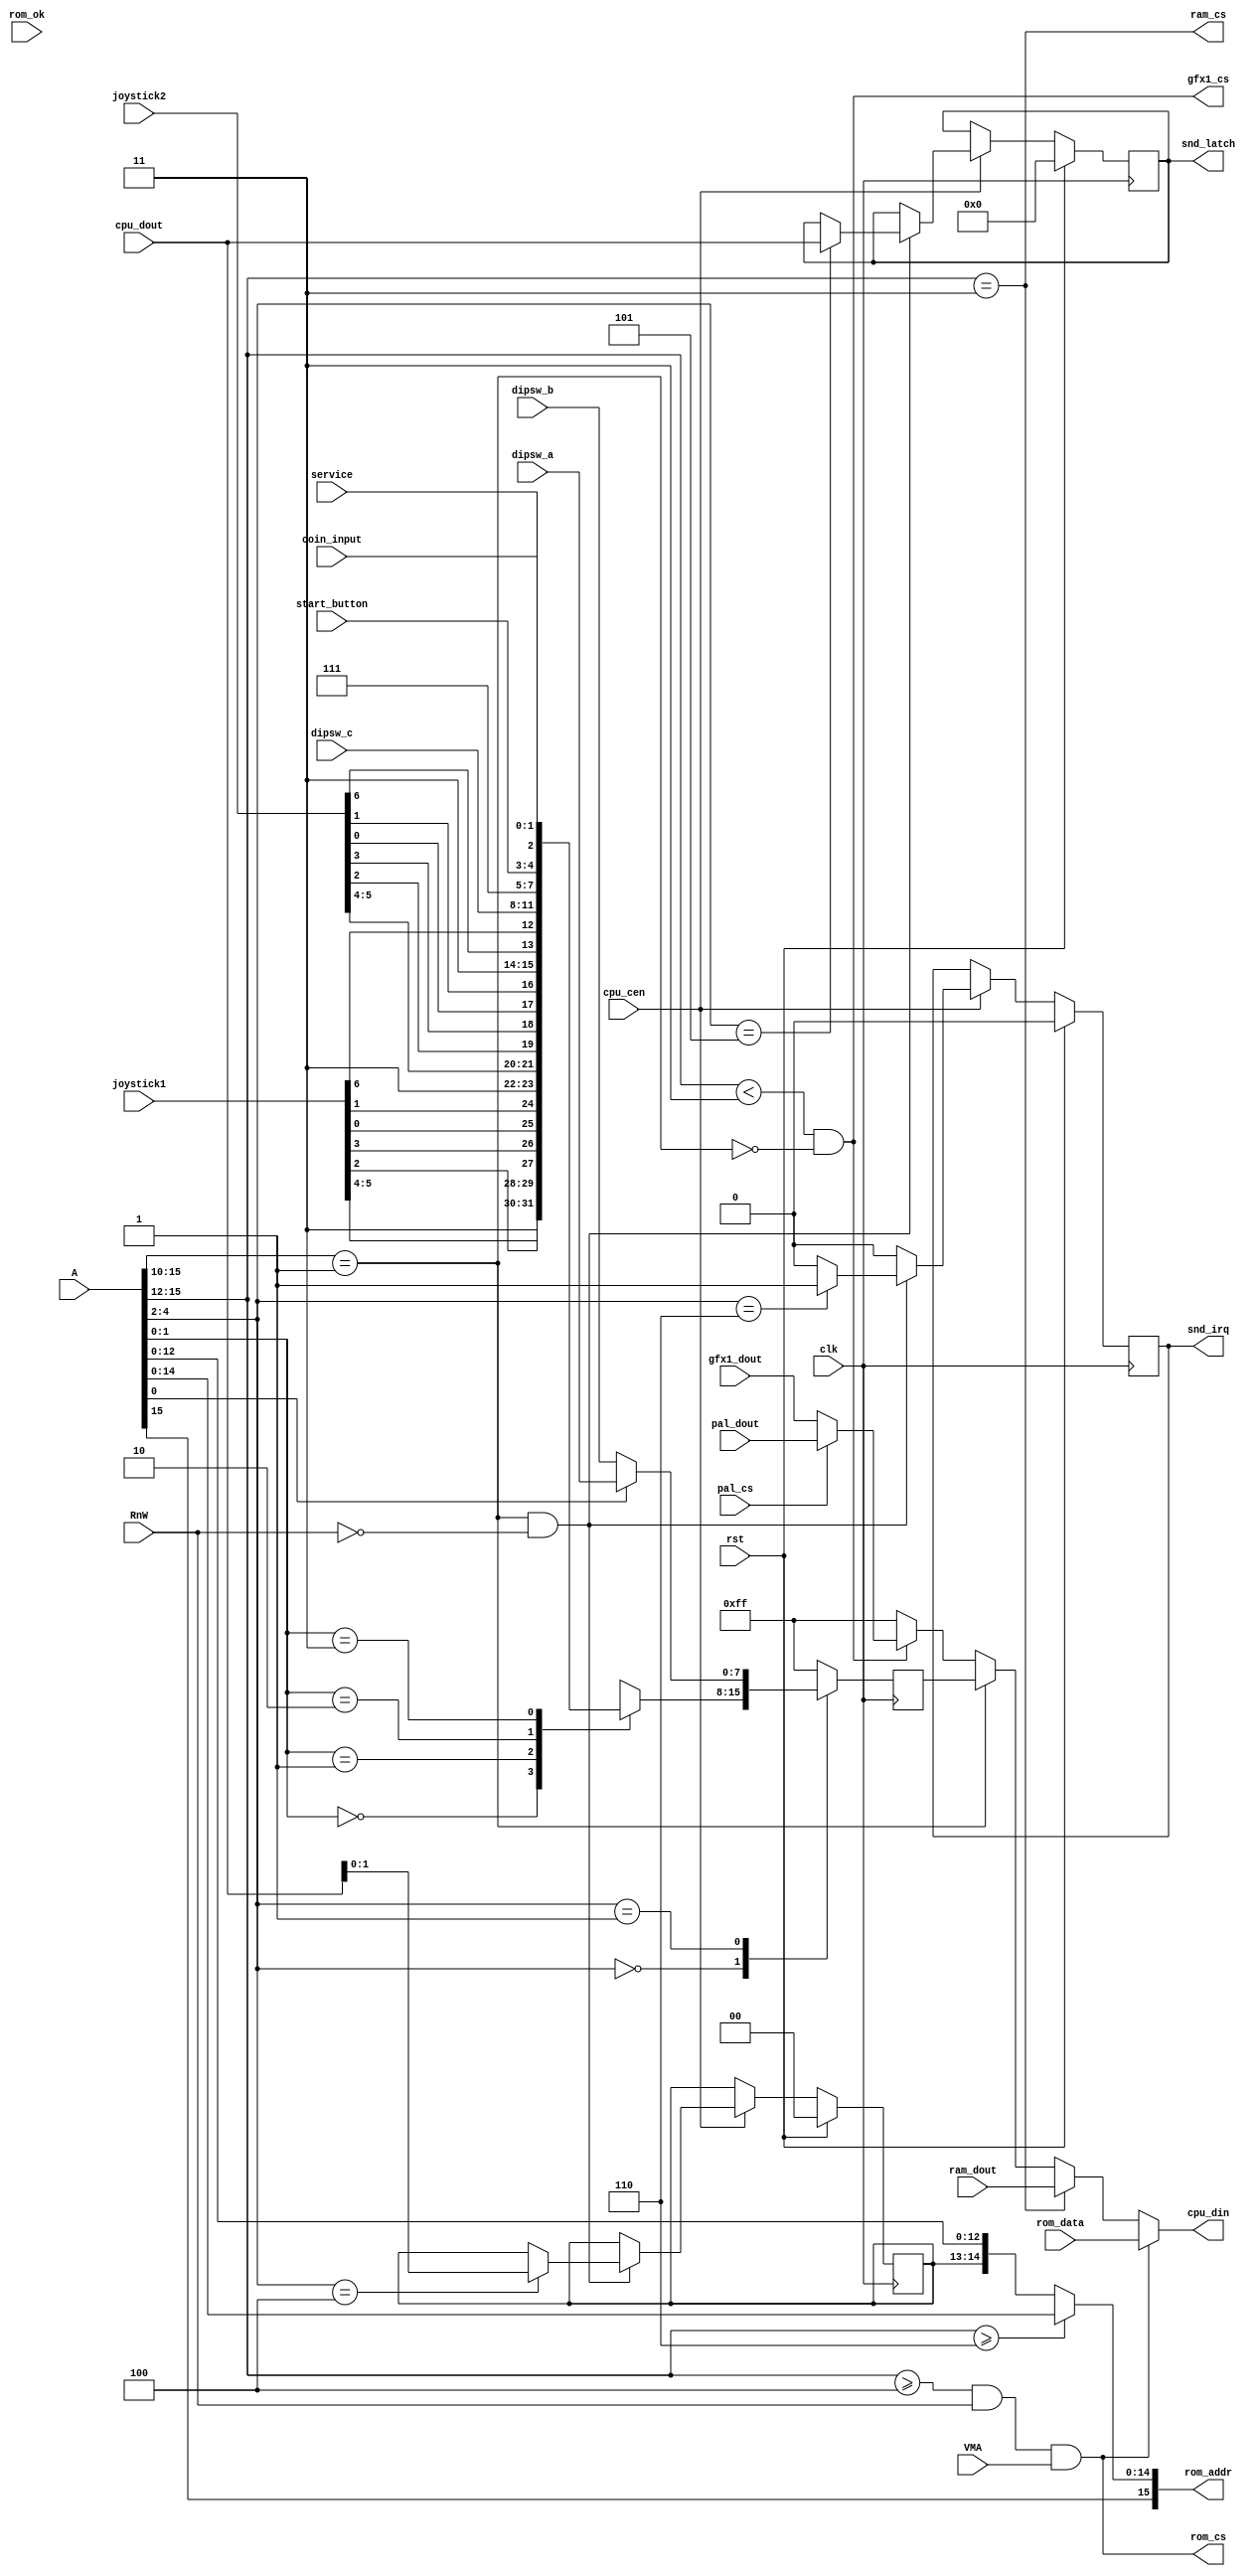
/*  This file is part of JTCORES.
    JTCORES program is free software: you can redistribute it and/or modify
    it under the terms of the GNU General Public License as published by
    the Free Software Foundation, either version 3 of the License, or
    (at your option) any later version.

    JTCORES program is distributed in the hope that it will be useful,
    but WITHOUT ANY WARRANTY; without even the implied warranty of
    MERCHANTABILITY or FITNESS FOR A PARTICULAR PURPOSE.  See the
    GNU General Public License for more details.

    You should have received a copy of the GNU General Public License
    along with JTCORES.  If not, see <http://www.gnu.org/licenses/>.

    Author: Jose Tejada Gomez. Twitter: @topapate
    Version: 1.0
    Date: 21-8-2021 */

module jtmx5k_main_decoder(
    input               clk,        // 24 MHz
    input               rst,
    input               cpu_cen,
    input       [15:0]  A,
    input               VMA,
    input               RnW,
    output reg          gfx1_cs,
    input               pal_cs, // from 007121
    // communication with sound CPU
    output reg          snd_irq,
    output reg  [ 7:0]  snd_latch,
    // ROM
    output reg  [15:0]  rom_addr,
    output reg          rom_cs,
    input       [ 7:0]  rom_data,
    input               rom_ok,
    // cabinet I/O
    input       [ 1:0]  start_button,
    input       [ 1:0]  coin_input,
    input       [ 6:0]  joystick1,
    input       [ 6:0]  joystick2,
    input               service,
    // Data
    input       [ 7:0]  cpu_dout,
    input       [ 7:0]  pal_dout,
    input       [ 7:0]  gfx1_dout,
    output reg          ram_cs,
    output reg  [ 7:0]  cpu_din,
    input       [ 7:0]  ram_dout,
    // DIP switches
    input       [ 7:0]  dipsw_a,
    input       [ 7:0]  dipsw_b,
    input       [ 3:0]  dipsw_c
);

reg        io_cs;
reg  [1:0] bank;
reg  [7:0] port_in;
wire [7:0] div_dout;

always @(*) begin // Decoder 051502 takes as inputs A[15:10]
    rom_cs   = A[15:12]>=4 && RnW && VMA;
    io_cs    = A[15:10]==1;
    ram_cs   = A[15:12] == 3;
    gfx1_cs  = A[15:12] < 3 && !io_cs;
    rom_addr = A[15:12]>=6 ? A[15:0] : { A[15], bank, A[12:0] };
end

always @(*) begin
    case(1'b1)
        rom_cs:  cpu_din = rom_data;
        ram_cs:  cpu_din = ram_dout;
        io_cs:   cpu_din = port_in;
        gfx1_cs: cpu_din = pal_cs ? pal_dout : gfx1_dout;
        default: cpu_din = 8'hff;
    endcase
end

always @(posedge clk) begin
    case( A[4:2] )
        0:  case( A[1:0] )
                0: port_in <= {2'b11, joystick1[5:4], joystick1[2], joystick1[3], joystick1[0], joystick1[1]};
                1: port_in <= {2'b11, joystick2[5:4], joystick2[2], joystick2[3], joystick2[0], joystick2[1]};
                2: port_in <= {2'b11, joystick2[6],   joystick1[6], dipsw_c[3:0] };
                3: port_in <= {3'b111, start_button, service, coin_input };
            endcase
        1: port_in <= A[0] ? dipsw_a : dipsw_b;
        default: port_in <= 8'hFF;
    endcase
end

// unknown usage, it's related to generating the CS signals in
// the original PCB but doesn't seem really needed
reg net_nrd, net_wowr;
reg net_end;            // seems to be a JAMMA pin

always @(posedge clk) begin
    if( rst ) begin
        bank      <= 0;
        snd_irq   <= 0;
        snd_latch <= 0;
    end else if(cpu_cen) begin
        snd_irq   <= 0;
        if( io_cs && !RnW ) begin
            case( A[4:2] ) // 5D in schematics
                4: begin
                    net_wowr <= cpu_dout[7]; // this seems related to gfx1/2_cs
                    net_nrd  <= cpu_dout[6];
                    net_end  <= cpu_dout[5];
                    bank <= cpu_dout[1:0];
                end
                // 2'b00: coin counters
                5: snd_latch <= cpu_dout;
                6: snd_irq   <= 1;
                // 7: watchdog
            endcase
        end
    end
end

endmodule